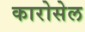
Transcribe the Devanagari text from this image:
कारोसेल